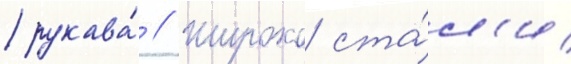
рукава́ // Широко ста́л'и